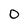
Character: 0